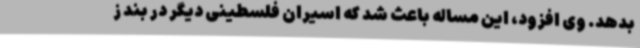
بدهد. وی افزود، این مساله باعث شد که اسیران فلسطینی دیگر در بند ز